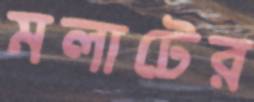
মলাটের